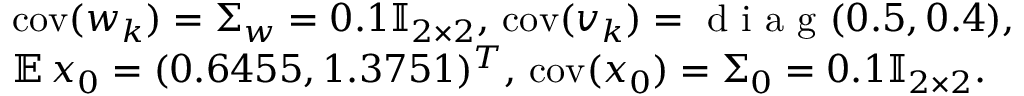
\begin{array} { r l } & { \mathrm { c o v } ( w _ { k } ) = \Sigma _ { w } = 0 . 1 \mathbb { I } _ { 2 \times 2 } , \, \mathrm { c o v } ( v _ { k } ) = \textrm { d i a g } ( 0 . 5 , 0 . 4 ) , } \\ & { \mathbb { E \, } x _ { 0 } = ( 0 . 6 4 5 5 , 1 . 3 7 5 1 ) ^ { T } , \, \mathrm { c o v } ( x _ { 0 } ) = \Sigma _ { 0 } = 0 . 1 \mathbb { I } _ { 2 \times 2 } . } \end{array}